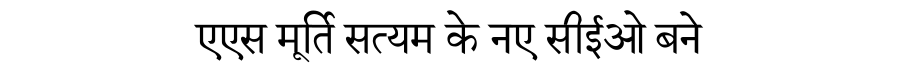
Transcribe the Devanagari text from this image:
एएस मूर्ति सत्यम के नए सीईओ बने